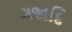
ગજાદિ